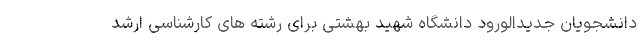
دانشجویان جدیدالورود دانشگاه شهید بهشتی برای رشته های کارشناسی ارشد